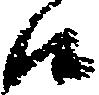
候